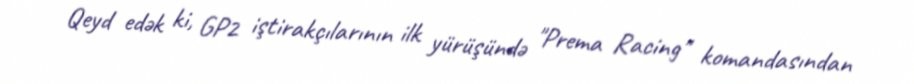
Qeyd edək ki, GP2 iştirakçılarının ilk yürüşündə "Prema Racing" komandasından